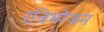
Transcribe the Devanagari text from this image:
रत्रिभोजन